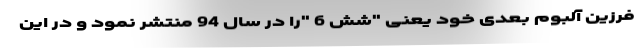
فرزین آلبوم بعدی خود یعنی "شش 6 "را در سال 94 منتشر نمود و در این